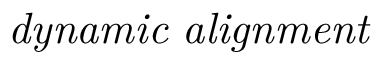
\it { d y n a m i c ~ a l i g n m e n t }